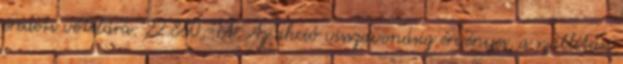
eredeti vételára: 22.860.-Ft. Az akció visszavonásig érvényes, a szállítási